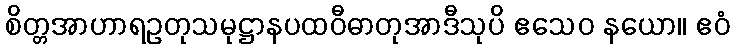
စိတ္တအာဟာရဥတုသမုဋ္ဌာနပထဝီဓာတုအာဒီသုပိ ဧသေဝ နယော။ ဧဝံ